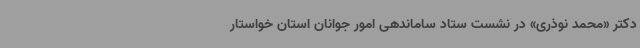
دکتر «محمد نوذری» در نشست ستاد ساماندهی امور جوانان استان خواستار